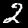
Digit: 2